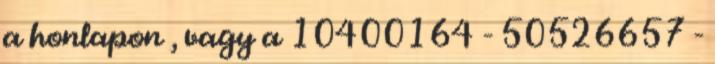
a honlapon , vagy a 10400164 - 50526657 -